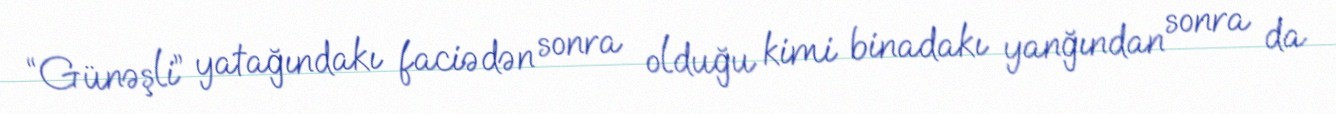
“Günəşli” yatağındakı faciədən sonra olduğu kimi binadakı yanğından sonra da